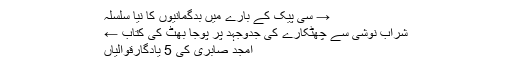
→ سی پیک کے بارے میں بدگمانیوں کا نیا سلسلہ
شراب نوشی سے چھٹکارے کی جدوجہد پر پوجا بھٹ کی کتاب ←
امجد صابری کی 5 یادگارقوالیاں